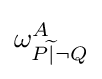
\omega _{P{\widetilde {|}}\lnot Q}^{A}